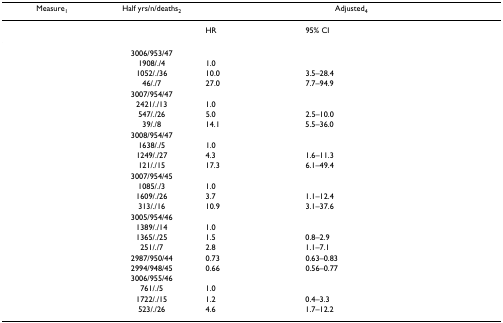
<table><thead><tr><td><b>Measure<sub>1</sub></b></td><td><b>Half yrs/n/deaths<sub>2</sub></b></td><td colspan="3"><b>Adjusted<sub>4</sub></b></td></tr></thead><tbody><tr><td>[EMPTY_CELL]</td><td>[EMPTY_CELL]</td><td>HR</td><td>95% CI</td><td>[EMPTY_CELL]</td></tr><tr><td>[EMPTY_CELL]</td><td>3006/953/47</td><td>[EMPTY_CELL]</td><td>[EMPTY_CELL]</td><td>[EMPTY_CELL]</td></tr><tr><td>[EMPTY_CELL]</td><td>1908/./4</td><td>1.0</td><td>[EMPTY_CELL]</td><td>[EMPTY_CELL]</td></tr><tr><td>[EMPTY_CELL]</td><td>1052/./36</td><td>10.0</td><td>3.5–28.4</td><td>[EMPTY_CELL]</td></tr><tr><td>[EMPTY_CELL]</td><td>46/./7</td><td>27.0</td><td>7.7–94.9</td><td>[EMPTY_CELL]</td></tr><tr><td>[EMPTY_CELL]</td><td>3007/954/47</td><td>[EMPTY_CELL]</td><td>[EMPTY_CELL]</td><td>[EMPTY_CELL]</td></tr><tr><td>[EMPTY_CELL]</td><td>2421/./13</td><td>1.0</td><td>[EMPTY_CELL]</td><td>[EMPTY_CELL]</td></tr><tr><td>[EMPTY_CELL]</td><td>547/./26</td><td>5.0</td><td>2.5–10.0</td><td>[EMPTY_CELL]</td></tr><tr><td>[EMPTY_CELL]</td><td>39/./8</td><td>14.1</td><td>5.5–36.0</td><td>[EMPTY_CELL]</td></tr><tr><td>[EMPTY_CELL]</td><td>3008/954/47</td><td>[EMPTY_CELL]</td><td>[EMPTY_CELL]</td><td>[EMPTY_CELL]</td></tr><tr><td>[EMPTY_CELL]</td><td>1638/./5</td><td>1.0</td><td>[EMPTY_CELL]</td><td>[EMPTY_CELL]</td></tr><tr><td>[EMPTY_CELL]</td><td>1249/./27</td><td>4.3</td><td>1.6–11.3</td><td>[EMPTY_CELL]</td></tr><tr><td>[EMPTY_CELL]</td><td>121/./15</td><td>17.3</td><td>6.1–49.4</td><td>[EMPTY_CELL]</td></tr><tr><td>[EMPTY_CELL]</td><td>3007/954/45</td><td>[EMPTY_CELL]</td><td>[EMPTY_CELL]</td><td>[EMPTY_CELL]</td></tr><tr><td>[EMPTY_CELL]</td><td>1085/./3</td><td>1.0</td><td>[EMPTY_CELL]</td><td>[EMPTY_CELL]</td></tr><tr><td>[EMPTY_CELL]</td><td>1609/./26</td><td>3.7</td><td>1.1–12.4</td><td>[EMPTY_CELL]</td></tr><tr><td>[EMPTY_CELL]</td><td>313/./16</td><td>10.9</td><td>3.1–37.6</td><td>[EMPTY_CELL]</td></tr><tr><td>[EMPTY_CELL]</td><td>3005/954/46</td><td>[EMPTY_CELL]</td><td>[EMPTY_CELL]</td><td>[EMPTY_CELL]</td></tr><tr><td>[EMPTY_CELL]</td><td>1389/./14</td><td>1.0</td><td>[EMPTY_CELL]</td><td>[EMPTY_CELL]</td></tr><tr><td>[EMPTY_CELL]</td><td>1365/./25</td><td>1.5</td><td>0.8–2.9</td><td>[EMPTY_CELL]</td></tr><tr><td>[EMPTY_CELL]</td><td>251/./7</td><td>2.8</td><td>1.1–7.1</td><td>[EMPTY_CELL]</td></tr><tr><td>[EMPTY_CELL]</td><td>2987/950/44</td><td>0.73</td><td>0.63–0.83</td><td>[EMPTY_CELL]</td></tr><tr><td>[EMPTY_CELL]</td><td>2994/948/45</td><td>0.66</td><td>0.56–0.77</td><td>[EMPTY_CELL]</td></tr><tr><td>[EMPTY_CELL]</td><td>3006/955/46</td><td>[EMPTY_CELL]</td><td>[EMPTY_CELL]</td><td>[EMPTY_CELL]</td></tr><tr><td>[EMPTY_CELL]</td><td>761/./5</td><td>1.0</td><td>[EMPTY_CELL]</td><td>[EMPTY_CELL]</td></tr><tr><td>[EMPTY_CELL]</td><td>1722/./15</td><td>1.2</td><td>0.4–3.3</td><td>[EMPTY_CELL]</td></tr><tr><td>[EMPTY_CELL]</td><td>523/./26</td><td>4.6</td><td>1.7–12.2</td><td>[EMPTY_CELL]</td></tr></tbody></table>